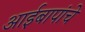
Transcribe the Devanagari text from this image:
आईबापांचे